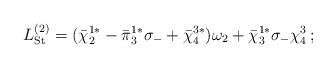
LaTeX: \begin{align*}L_{\rm St}^{(2)} = ({\bar\chi}_2^{1*} - {\bar\pi}_3^{1*} \sigma_- + {\bar\chi}_4^{3*}) \omega_2 + {\bar\chi}_3^{1*} \sigma_-\chi_4^3 \, ;\end{align*}